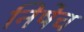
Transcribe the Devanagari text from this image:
निषेच